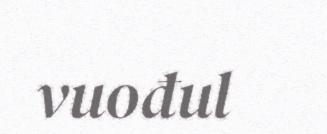
vuođul